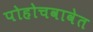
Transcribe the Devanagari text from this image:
पोहोचवावेत